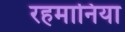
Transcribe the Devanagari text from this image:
रहमानिया